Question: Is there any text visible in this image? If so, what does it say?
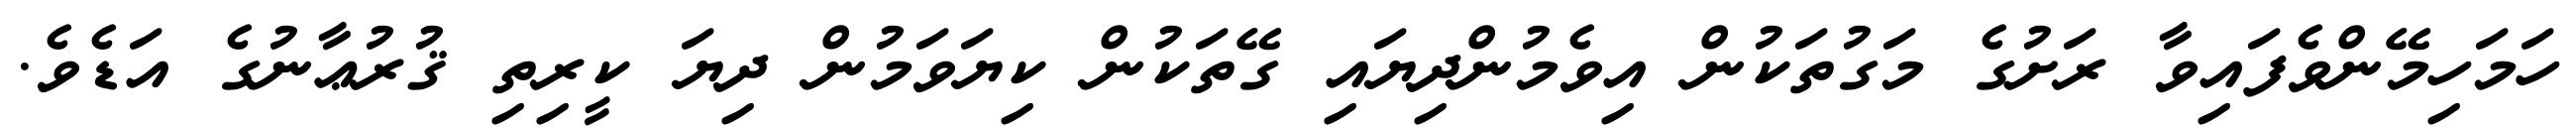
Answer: ހަމަހިމޭންވެފައިވާ ރަށުގެ މަގުތަކުން އިވެމުންދިޔައި ގޭތަކުން ކިޔަވަމުން ދިޔަ ކީރިތި ޤުރުޢާނުގެ އަޑެވެ.